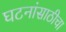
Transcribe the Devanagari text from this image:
घटनांसाठीचा